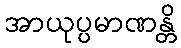
အာယုပ္ပမာဏန္တိ